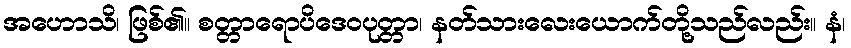
အဟောသိ၊ ဖြစ်၏။ စတ္တာရောပိဒေဝပုတ္တာ၊ နတ်သားလေးယောက်တို့သည်လည်း။ နံ၊